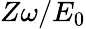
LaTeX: Z\omega/E_{0}